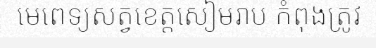
មេពេទ្យសត្វខេត្តសៀមរាប កំពុងត្រូវ